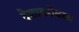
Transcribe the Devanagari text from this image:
देशाबरोबरच